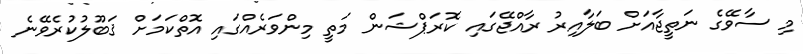
މި ސާވޭގެ ނަތީޖާއަށް ބަލާއިރު ރާއްޖޭގައި ކޮރަޕްޝަން މަތީ މިންވަރެއްގައި އޮތްކަމަށް ޤަބޫލުކުރެވޭނެ